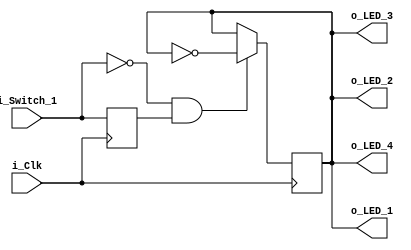

module toggle_led
    (input i_Clk,
    input i_Switch_1,
    output o_LED_1,
    output o_LED_2,
    output o_LED_3,
    output o_LED_4);

    reg r_Switch_1 = 1'b0;
    reg r_LED_1 = 1'b0;

    always @(posedge i_Clk)
        begin
            r_Switch_1 <= i_Switch_1; // Creates a register

            if (i_Switch_1 == 1'b0 && r_Switch_1 == 1'b1)
                begin
                    r_LED_1 <= ~r_LED_1;
                end
        end

    assign o_LED_1 = r_LED_1;
    assign o_LED_2 = r_LED_1;
    assign o_LED_3 = r_LED_1;
    assign o_LED_4 = r_LED_1;
endmodule